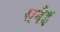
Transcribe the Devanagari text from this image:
सनैइ